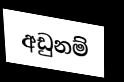
අඩුනම්